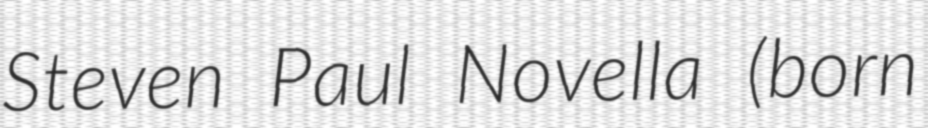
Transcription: Steven Paul Novella (born